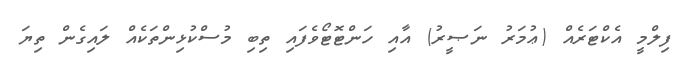
ފިލްމީ އެކްޓަރެއް (ޢުމަރު ނަޞީރު) އާއި ހަންޓޮޓޯވެފައި ތިބި މުސްކުޅިންތަކެއް ލައިގެން ތިޔަ